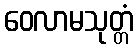
ဝေလာမသုတ္တံ